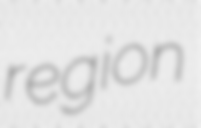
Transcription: region